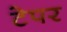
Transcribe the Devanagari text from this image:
टेपर